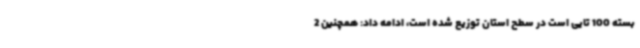
بسته 100 تایی است در سطح استان توزیع شده است، ادامه داد: همچنین 2